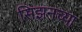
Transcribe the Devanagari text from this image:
सिझनच्या